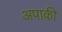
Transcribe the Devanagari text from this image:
अपाकी